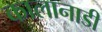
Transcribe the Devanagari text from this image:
कालानाडी